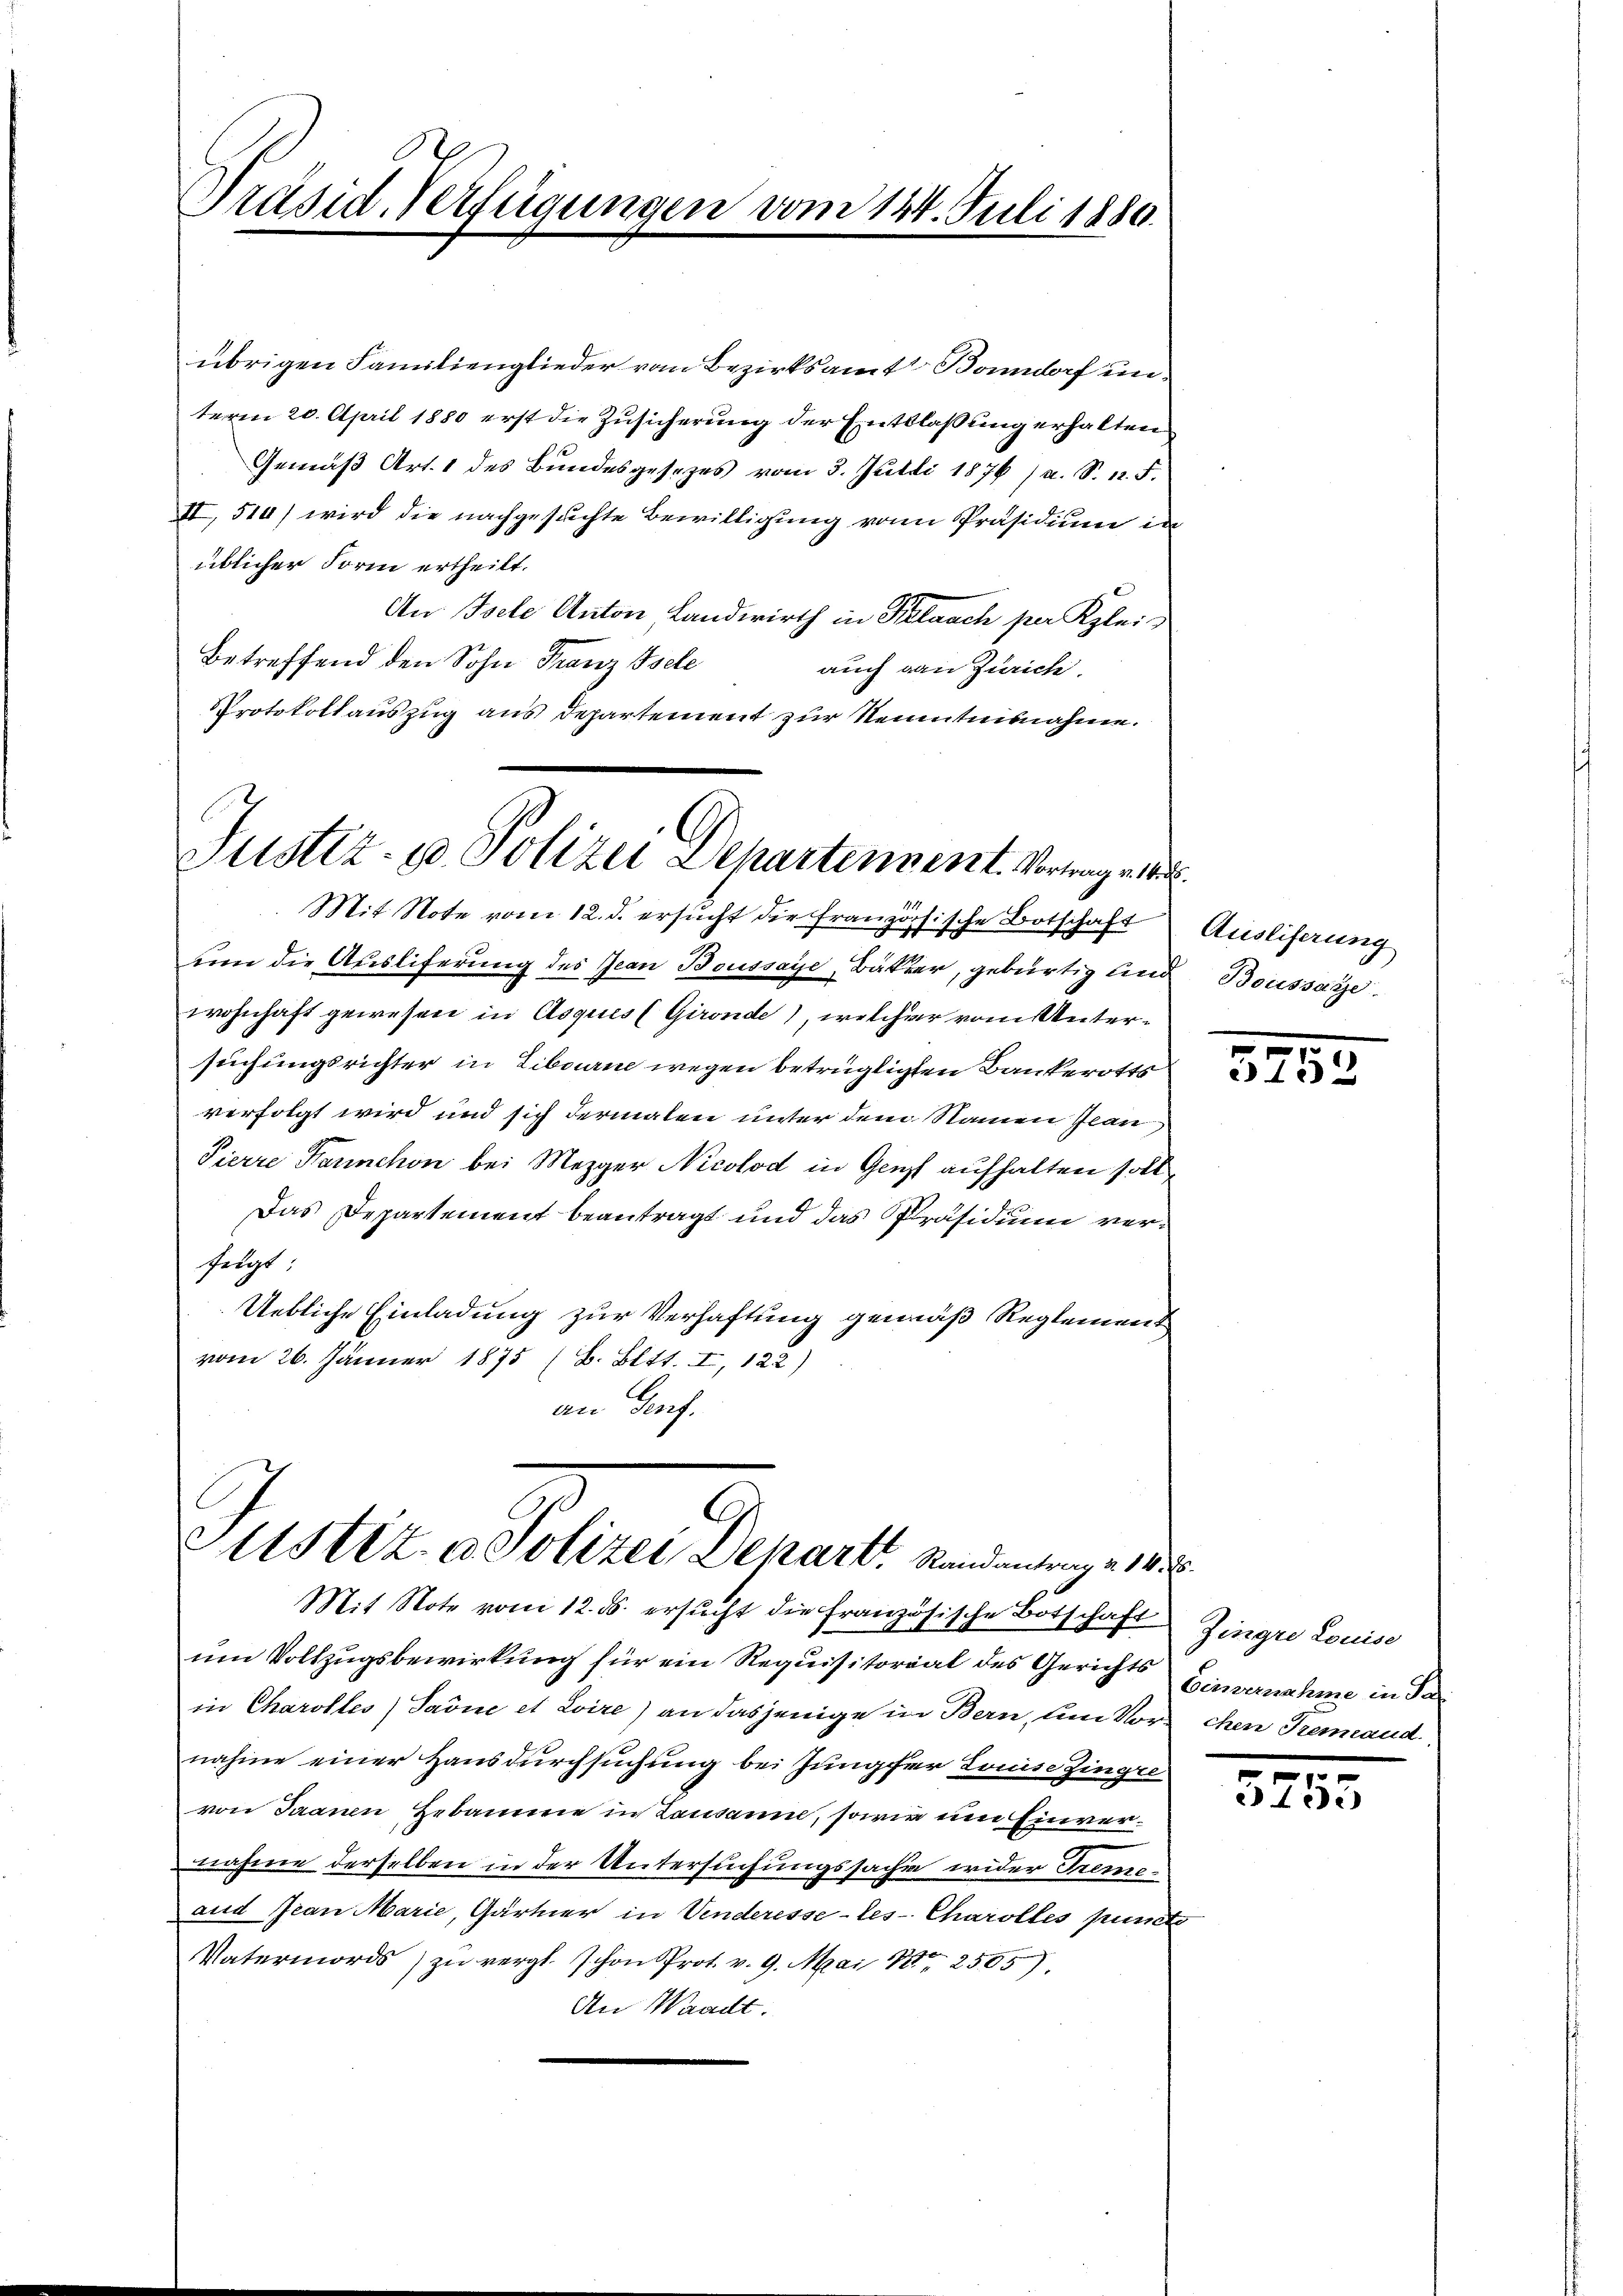
Präsid. Verfügungen vom 124. Juli 1880.

übrigen Familienglieder vom Bezirksamt Bonndorf unterm 20. April 1880 erst die Zusicherung der Entlaßung erhalten
Gemäß Art. 1 des Bundesgesezes vom 3. Julii 1876 (a. S. 12. F.
II, 510) wird die nachgesuchte Bewilligung von Präsidium in
üblicher Form ertheilt.
An Isele Anton Landwirth in Relaach per Klei¬
Betreffend den Sohn Franz Isele
auch von Zürich.
Protokollauszug aus Departement zur Neuntnisnahme.

Justiz- u Polizei Departennent. Vortrag er
Mit Note vom 12. d. ersucht die französische Botschaft

um die Ausliferung des Jean Boussaye Bäker, gebürtig sind
wohnhaft gewesen in Asques (Gronde), welcher vom Untersuchungsrichter in Libourne wegen betrüglichen Bankerotts
verfolgt wird und sich dermalen unter dem Namen Jean
Pierre Kaninchon bei Mezger Nicolod in Genf aufhalten soll
Das Departement beantragt und das Präsidium verfegt:
Uebliche Einladung zur Verhaftung gemäß Reglement
vom 26. Jänner 1875 (B. Bett. I, 122)
an Genf.

Sitstiz & Polizei Depart, Randantrage 14 x

Mit Note vom 12. ds. ersucht die französische Botschaft
um Vollzugsbewirkung für ein Requisitorial des Gerichts
in Charolles) Tarne et Loire) an dasjenige in Bern, um Vorschen Tremaud.
nahme einer Hausdurchsuchung bei Jungfer Louise Zingre
von Saanen Hebamme in Lausanne, sowie um Einvernahme derselben in der Untersuchungssache wider Treme¬
und Jean Marie, Gärtner in Vinderesse-les- Charolles puncte
Vatermords) zu vergl. schon Prot. v. 9. Mai 182505),
An Waadt.

¬
Ausliferung
Boussage.

5752

Zingre Louise
Einvernahme in d.

1
315